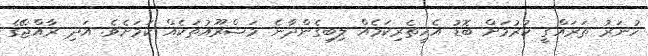
ހުނަރު ތަރައްގީ ކުރުމަށް ބޮޑު އެހީތެރިކަމެއް ލިބިގެންދާނެ މަޝްރޫއުތަކެއް ކަމަށެވެ. އަދި ރާއްޖޭގެ